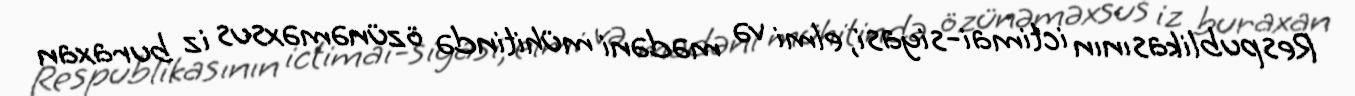
Respublikasının ictimai-siyasi, elmi və mədəni mühitində özünəməxsus iz buraxan